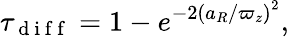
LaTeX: \tau_{\mathrm{~d~i~f~f~}}=1-e^{-2\left(a_{R}/\varpi_{z}\right)^{2}},